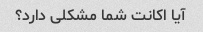
آیا اکانت شما مشکلی دارد؟